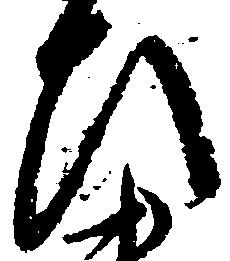
ひ